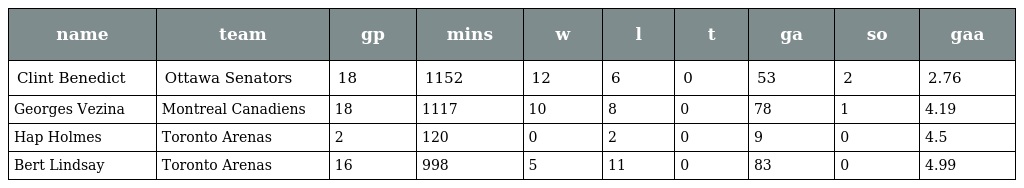
| name | team | gp | mins | w | l | t | ga | so | gaa |
 | --- | --- | --- | --- | --- | --- | --- | --- | --- | --- |
 | Clint Benedict | Ottawa Senators | 18 | 1152 | 12 | 6 | 0 | 53 | 2 | 2.76 |
 | Georges Vezina | Montreal Canadiens | 18 | 1117 | 10 | 8 | 0 | 78 | 1 | 4.19 |
 | Hap Holmes | Toronto Arenas | 2 | 120 | 0 | 2 | 0 | 9 | 0 | 4.5 |
 | Bert Lindsay | Toronto Arenas | 16 | 998 | 5 | 11 | 0 | 83 | 0 | 4.99 |